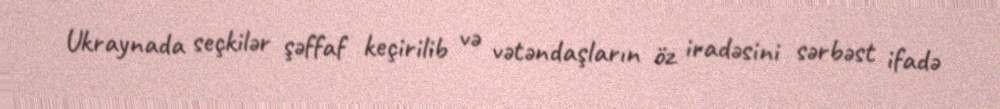
Ukraynada seçkilər şəffaf keçirilib və vətəndaşların öz iradəsini sərbəst ifadə